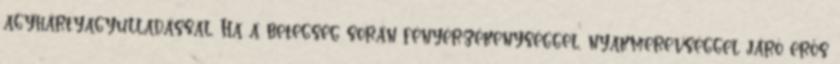
agyhártyagyulladással. Ha a betegség során fényérzékenységgel, nyakmerevséggel járó erős